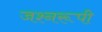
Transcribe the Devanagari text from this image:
जश्नरूपी